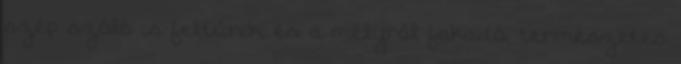
szép szóló is feltűnik. és a mélyről fakadó, természetes